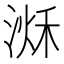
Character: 𣹌